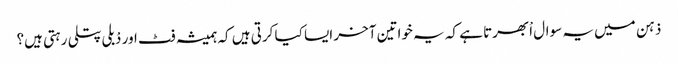
ذہن میں یہ سوال اْبھرتا ہے کہ یہ خواتین آخر ایسا کیا کرتی ہیں کہ ہمیشہ فٹ اور دْبلی پتلی رہتی ہیں؟